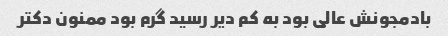
بادمجونش عالی بود به کم دیر رسید گرم بود ممنون دکتر